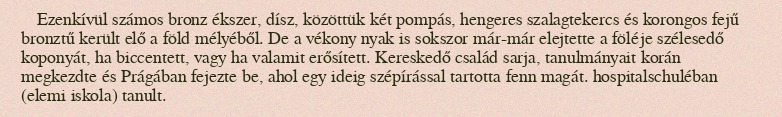
Ezenkívül számos bronz ékszer, dísz, közöttük két pompás, hengeres szalagtekercs és korongos fejű bronztű került elő a föld mélyéből. De a vékony nyak is sokszor már-már elejtette a föléje szélesedő koponyát, ha biccentett, vagy ha valamit erősített. Kereskedő család sarja, tanulmányait korán megkezdte és Prágában fejezte be, ahol egy ideig szépírással tartotta fenn magát. hospitalschuléban (elemi iskola) tanult.